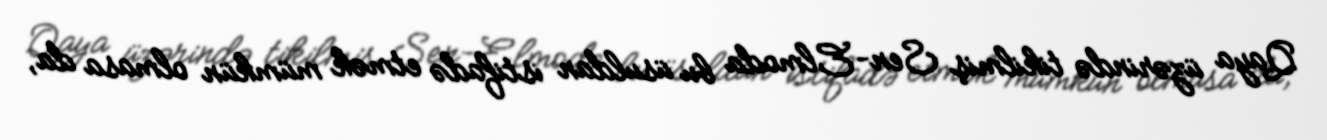
Qaya üzərində tikilmiş Sen-Elmoda bu üsuldan istifadə etmək mümkün olmasa da,